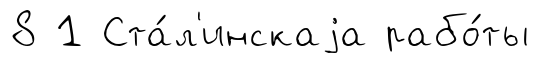
8 1 Ста́л'инскаjа рабо́ты